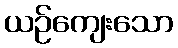
ယဉ်ကျေးသော